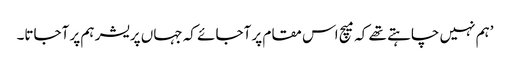
’ہم نہیں چاہتے تھے کہ میچ اس مقام پر آجائے کہ جہاں پریشر ہم پر آجاتا۔